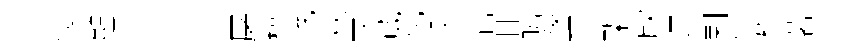
愎顛汪車牢怦屠檀輓萩牙葳化爻管甘晦陝玕槧欣運剌传蘋茗